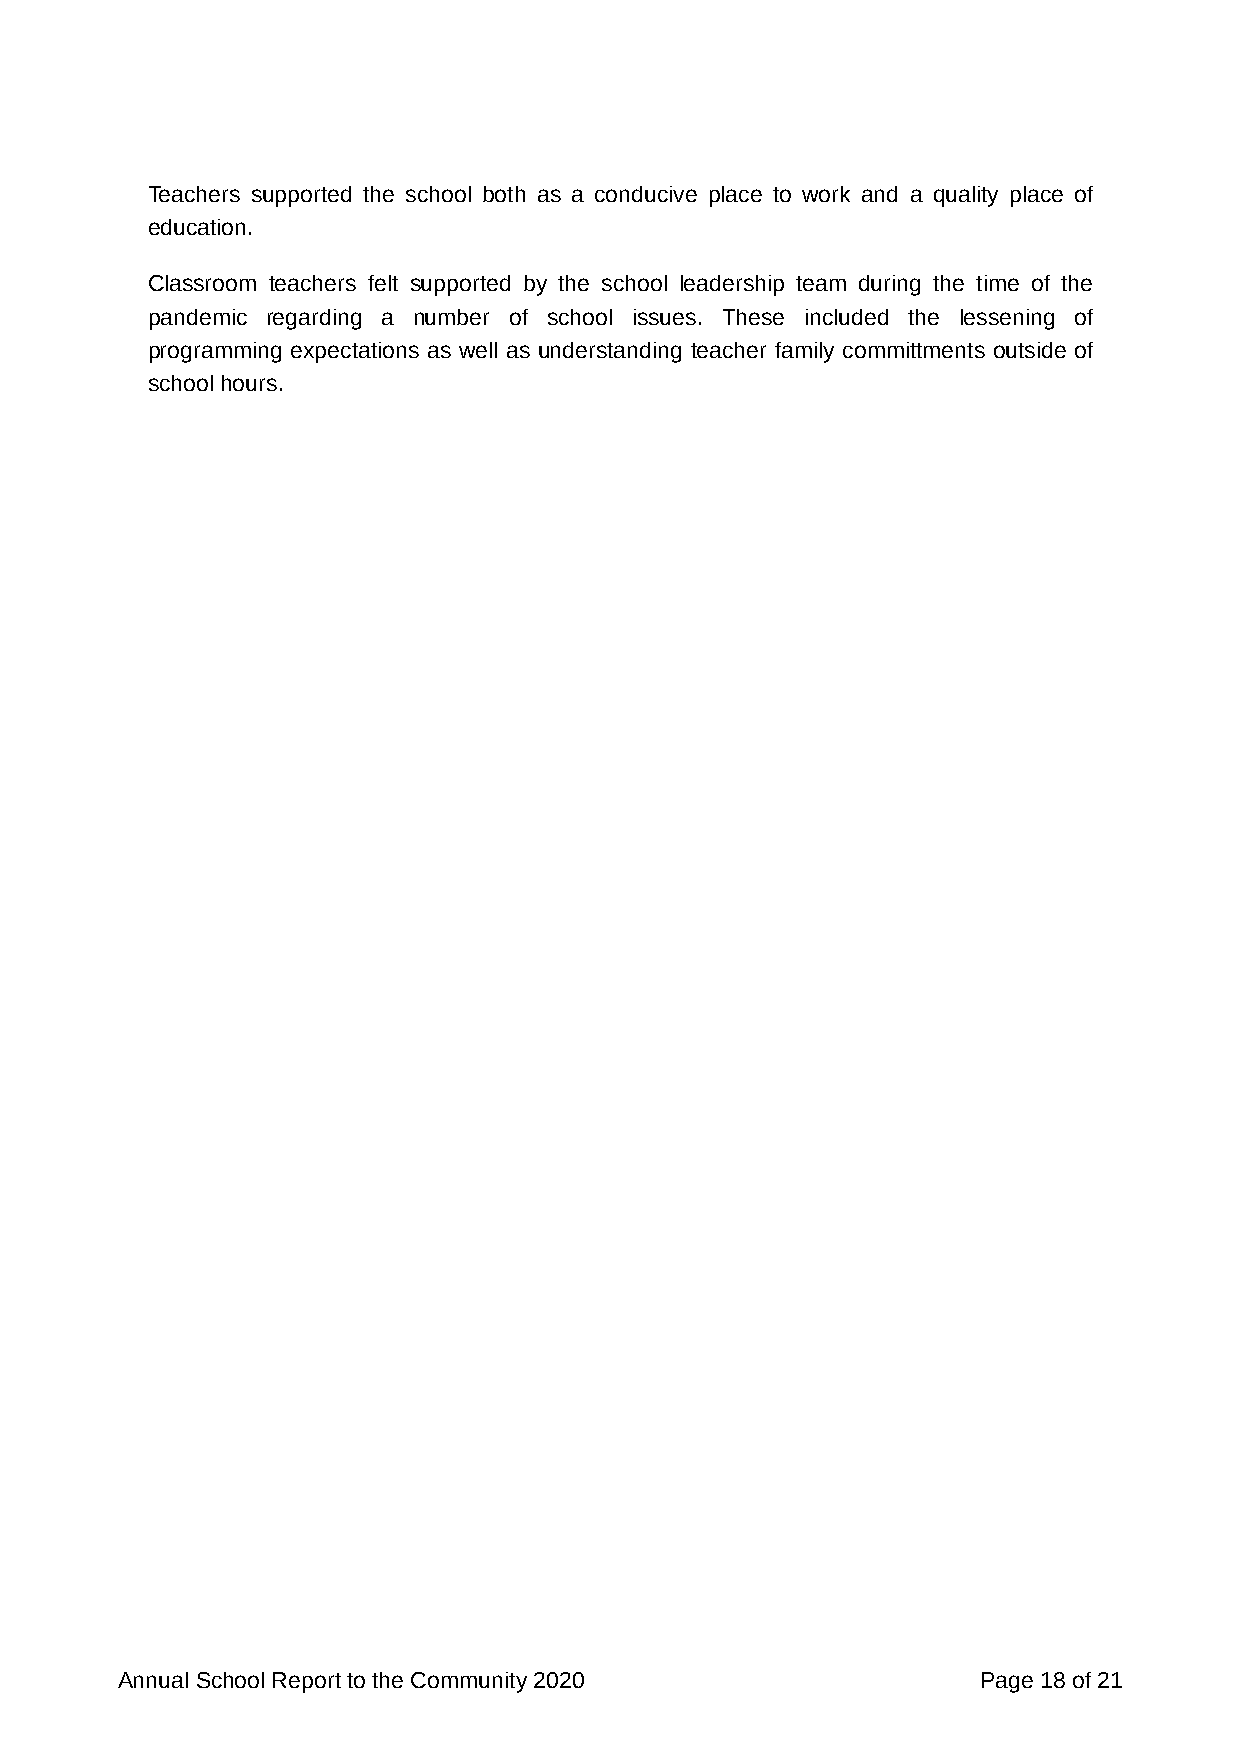
Teachers supported the school both as a conducive place to work and a quality place of
 education.
 Classroom teachers felt supported by the school leadership team during the time of the
 pandemic regarding a number of school issues. These included the lessening of
 programming expectations as well as understanding teacher family committments outside of
 school hours.
 Annual School Report to the Community 2020               Page 18 of 21